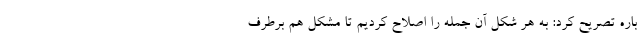
باره تصریح کرد: به هر شکل آن جمله را اصلاح کردیم تا مشکل هم برطرف